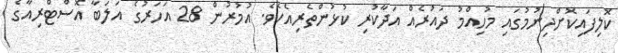
ކޮލިފައިކޮށްދިނުމުގައި މުހިއްމު ދައުރެއް އަދާކުރި ކުޅުންތެރިއެކެވެ. އުމުރުން 28 އަހަރުގެ އަލަބާ އޮސްޓްރިއާގެ